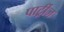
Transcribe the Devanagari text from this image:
पार्ट्रीज